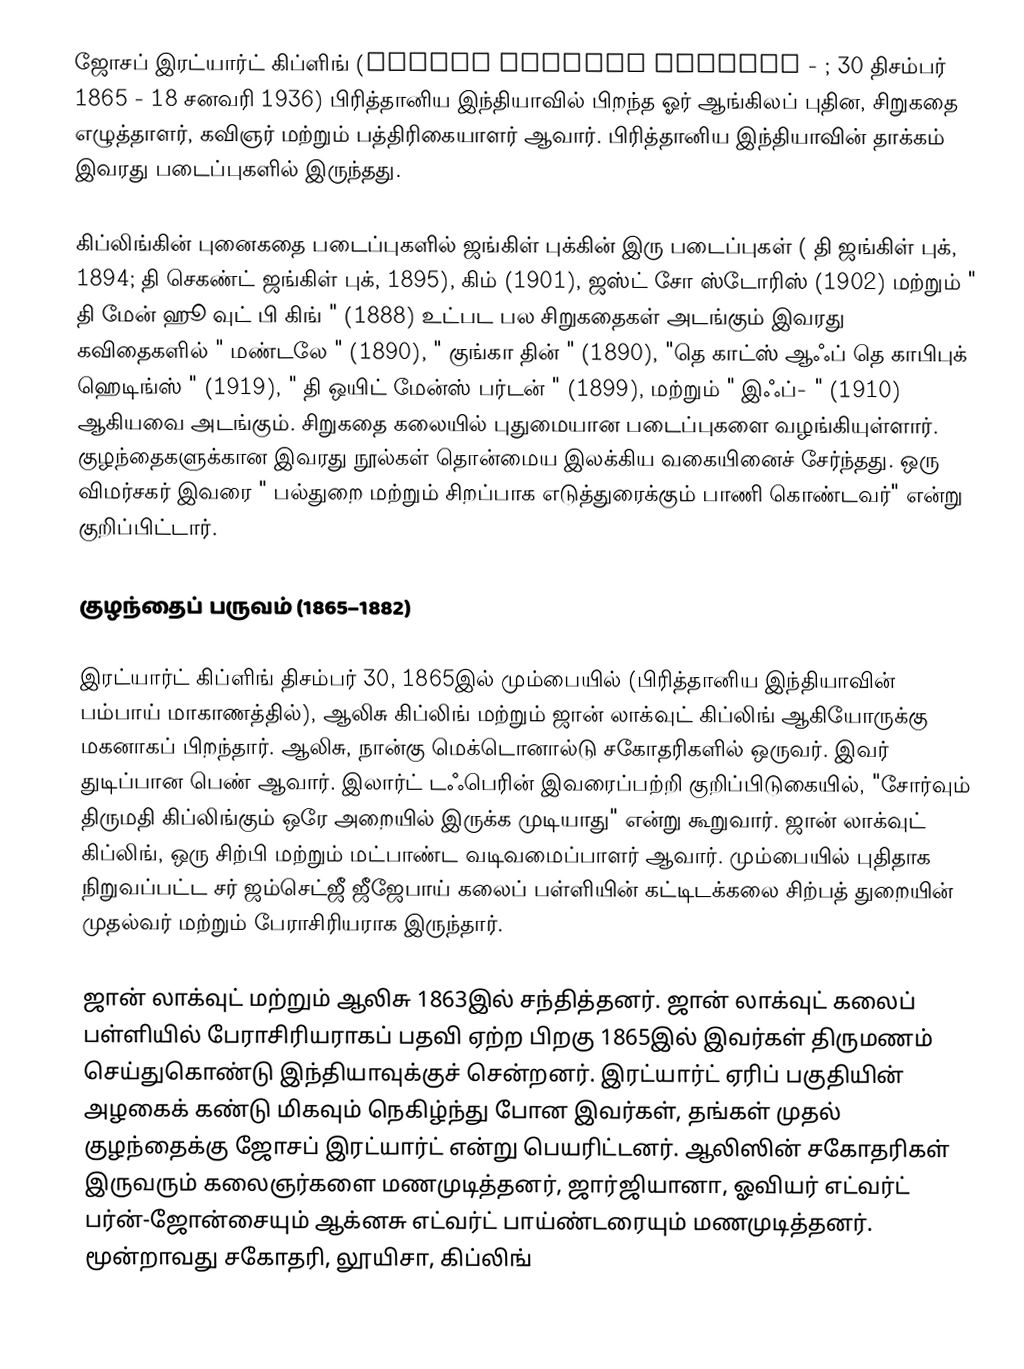
ஜோசப் இரட்யார்ட் கிப்ளிங் (Joseph Rudyard Kipling - ; 30 திசம்பர் 1865 - 18 சனவரி 1936)  பிரித்தானிய இந்தியாவில் பிறந்த ஓர் ஆங்கிலப் புதின, சிறுகதை எழுத்தாளர், கவிஞர் மற்றும் பத்திரிகையாளர் ஆவார். பிரித்தானிய இந்தியாவின் தாக்கம் இவரது படைப்புகளில் இருந்தது.

கிப்லிங்கின் புனைகதை படைப்புகளில் ஜங்கிள் புக்கின் இரு படைப்புகள்  ( தி ஜங்கிள் புக், 1894; தி செகண்ட் ஜங்கிள் புக், 1895), கிம் (1901), ஜஸ்ட் சோ ஸ்டோரிஸ் (1902) மற்றும் " தி மேன் ஹூ வுட் பி கிங் " (1888) உட்பட பல சிறுகதைகள் அடங்கும்  இவரது கவிதைகளில் " மண்டலே " (1890), " குங்கா தின் " (1890), "தெ காட்ஸ் ஆஃப் தெ காபிபுக் ஹெடிங்ஸ் " (1919), " தி ஒயிட் மேன்ஸ் பர்டன் " (1899), மற்றும் " இஃப்- " (1910) ஆகியவை அடங்கும். சிறுகதை கலையில் புதுமையான படைப்புகளை வழங்கியுள்ளார். குழந்தைகளுக்கான இவரது  நூல்கள் தொன்மைய இலக்கிய வகையினைச் சேர்ந்தது. ஒரு விமர்சகர் இவரை " பல்துறை மற்றும் சிறப்பாக எடுத்துரைக்கும் பாணி கொண்டவர்" என்று குறிப்பிட்டார்.

குழந்தைப் பருவம் (1865–1882)

இரட்யார்ட் கிப்ளிங் திசம்பர் 30, 1865இல் மும்பையில் (பிரித்தானிய இந்தியாவின் பம்பாய் மாகாணத்தில்), ஆலிசு கிப்லிங்  மற்றும் ஜான் லாக்வுட் கிப்லிங் ஆகியோருக்கு மகனாகப் பிறந்தார். ஆலிசு, நான்கு மெக்டொனால்டு சகோதரிகளில் ஒருவர். இவர் துடிப்பான பெண் ஆவார். இலார்ட் டஃபெரின் இவரைப்பற்றி குறிப்பிடுகையில், "சோர்வும் திருமதி கிப்லிங்கும் ஒரே அறையில் இருக்க முடியாது" என்று கூறுவார். ஜான் லாக்வுட் கிப்லிங், ஒரு சிற்பி மற்றும் மட்பாண்ட வடிவமைப்பாளர் ஆவார். மும்பையில் புதிதாக நிறுவப்பட்ட சர் ஜம்செட்ஜீ ஜீஜேபாய் கலைப் பள்ளியின் கட்டிடக்கலை சிற்பத் துறையின் முதல்வர் மற்றும் பேராசிரியராக இருந்தார்.

ஜான் லாக்வுட் மற்றும் ஆலிசு 1863இல் சந்தித்தனர்.  ஜான் லாக்வுட் கலைப் பள்ளியில் பேராசிரியராகப் பதவி ஏற்ற பிறகு 1865இல் இவர்கள் திருமணம் செய்துகொண்டு இந்தியாவுக்குச் சென்றனர். இரட்யார்ட் ஏரிப் பகுதியின் அழகைக் கண்டு மிகவும் நெகிழ்ந்து போன இவர்கள், தங்கள் முதல் குழந்தைக்கு ஜோசப் இரட்யார்ட் என்று பெயரிட்டனர். ஆலிஸின் சகோதரிகள் இருவரும் கலைஞர்களை மணமுடித்தனர், ஜார்ஜியானா, ஓவியர் எட்வர்ட் பர்ன்-ஜோன்சையும் ஆக்னசு எட்வர்ட் பாய்ண்டரையும் மணமுடித்தனர். மூன்றாவது சகோதரி, லூயிசா, கிப்லிங்